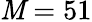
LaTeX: \mathit{M}=51